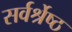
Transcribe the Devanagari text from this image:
सर्वर्श्रेष्ठ